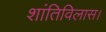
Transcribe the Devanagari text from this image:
शांतिविलास।